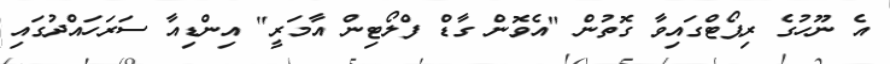
އެ ނޫހުގެ ރިޕޯޓްގައިވާ ގޮތުން "އެވޮން ގާޑް ފްލޯޓިން އާމަރީ" އިންޑިއާ ސަރަހައްދުގައި